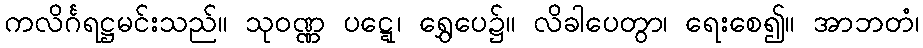
ကလိင်္ဂရဋ္ဌမင်းသည်။ သုဝဏ္ဏ ပဋ္ဋေ၊ ရွှေပေ၌။ လိခါပေတွာ၊ ရေးစေ၍။ အာဘတံ၊